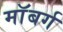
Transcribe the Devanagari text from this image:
माॅबर्ग